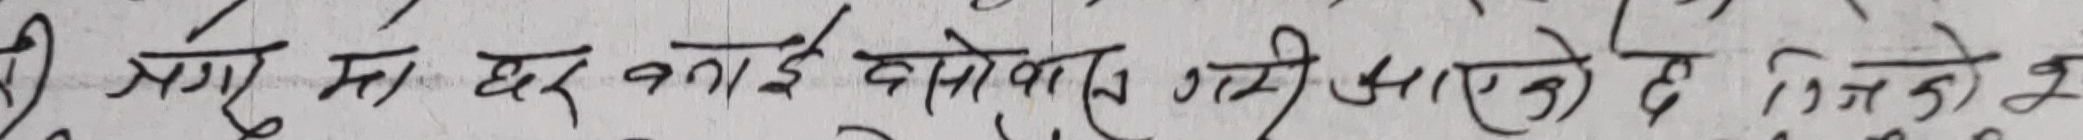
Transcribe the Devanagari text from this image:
श्री आफूमा घर बनाई बसेका उनी आउने छ जसको